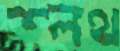
শ্লথ